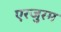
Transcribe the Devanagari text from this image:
एरजुरम